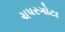
ચપરગોટા